Annual administration report of the Civil Veterinary Department of India - 1892-1893
Year: 1892
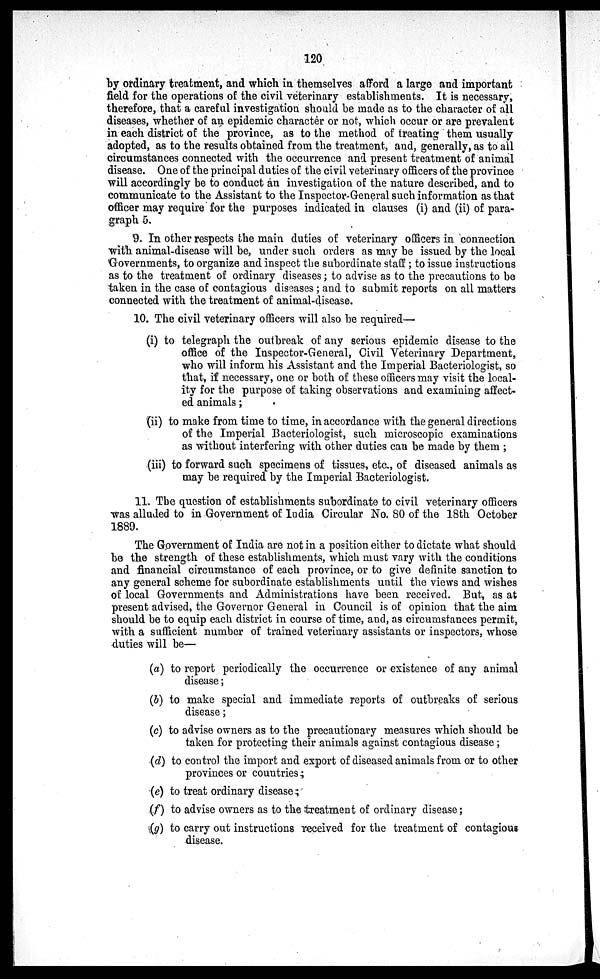
120
by ordinary treatment, and which in themselves afford a large and important
field for the operations of the civil veterinary establishments. It is necessary,
therefore, that a careful investigation should be made as to the character of all
diseases, whether of an epidemic character or not, which occur or are prevalent
in each district of the province, as to the method of treating them usually
adopted, as to the results obtained from the treatment, and, generally, as to ail
circumstances connected with the occurrence and present treatment of animal
disease. One of the principal duties of the civil veterinary officers of the province
will accordingly be to conduct an investigation of the nature described, and to
communicate to the Assistant to the Inspector-General such information as that
officer may require for the purposes indicated in clauses (i) and (ii) of para-
graph 5.
9. In other respects the main duties of veterinary officers in connection
with animal-disease will be, under such orders as may be issued by the local
Governments, to organize and inspect the subordinate staff; to issue instructions
as to the treatment of ordinary diseases; to advise as to the precautions to be
taken in the case of contagious diseases; and to submit reports on all matters
connected with the treatment of animal-disease.
10. The civil veterinary officers will also be required—
(i) to telegraph the outbreak of any serious epidemic disease to the
office of the Inspector-General, Civil Veterinary Department,
who will inform his Assistant and the Imperial Bacteriologist, so
that, if necessary, one or both of these officers may visit the local-
ity for the purpose of taking observations and examining affect-
ed animals;
(ii) to make from time to time, in accordance with the general directions
of the Imperial Bacteriologist, such microscopic examinations
as without interfering with other duties can be made by them;
(iii) to forward such specimens of tissues, etc., of diseased animals as
may be required by the Imperial Bacteriologist.
11. The question of establishments subordinate to civil veterinary officers
was alluded to in Government of India Circular No. 80 of the 18th October
1889.
The Government of India are not in a position either to dictate what should
be the strength of these establishments, which must vary with the conditions
and financial circumstance of each province, or to give definite sanction to
any general scheme for subordinate establishments until the views and wishes
of local Governments and Administrations have been received. But, as at
present advised, the Governor General in Council is of opinion that the aim
should be to equip each district in course of time, and, as circumstances permit,
with a sufficient number of trained veterinary assistants or inspectors, whose
duties will be—
(a) to report periodically the occurrence or existence of any animal
disease;
(b) to make special and immediate reports of outbreaks of serious
disease;
(c) to advise owners as to the precautionary measures which should be
taken for protecting their animals against contagious disease;
(d) to control the import and export of diseased animals from or to other
provinces or countries;
(e) to treat ordinary disease;
(f) to advise owners as to the treatment of ordinary disease;
(g) to carry out instructions received for the treatment of contagious
disease.